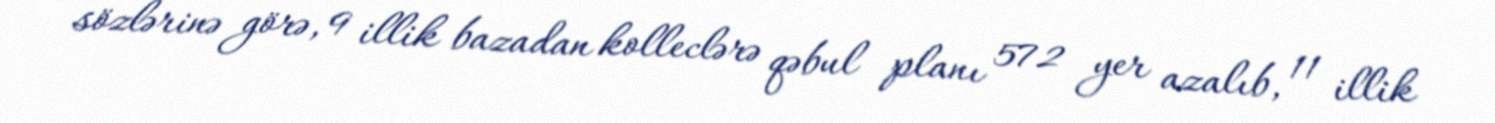
sözlərinə görə, 9 illik bazadan kolleclərə qəbul planı 572 yer azalıb, 11 illik